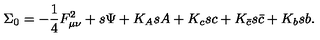
\Sigma _ { 0 } = - { \frac { 1 } { 4 } } F _ { \mu \nu } ^ { 2 } + s \Psi + K _ { A } s A + K _ { c } s c + K _ { \bar { c } } s \bar { c } + K _ { b } s b .